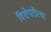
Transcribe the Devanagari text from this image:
विशेषरीत्या